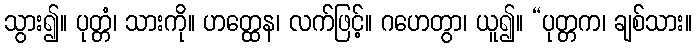
သွား၍။ ပုတ္တံ၊ သားကို။ ဟတ္ထေန၊ လက်ဖြင့်။ ဂဟေတွာ၊ ယူ၍။ “ပုတ္တက၊ ချစ်သား။